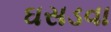
ઘસડવા